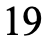
19